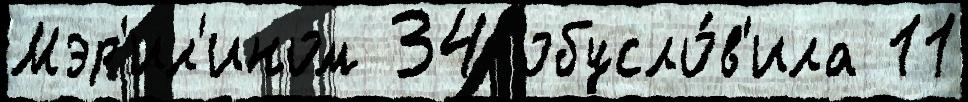
Мэр'ил'ином 34 обусло́в'ила 11